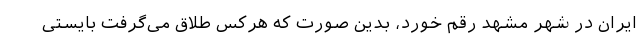
ایران در شهر مشهد رقم خورد، بدین صورت که هرکس طلاق می‌گرفت بایستی